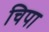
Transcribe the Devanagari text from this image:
चिपा